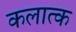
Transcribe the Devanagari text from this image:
कलात्क